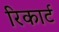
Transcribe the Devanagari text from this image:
रिकार्ट